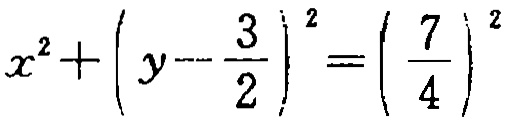
$x^{2}+\left(y - \frac{3}{2}\right)^{2}=\left(\frac{7}{4}\right)^{2}$